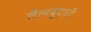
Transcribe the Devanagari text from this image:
तैलबुद्धी